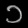
Digit: ၁